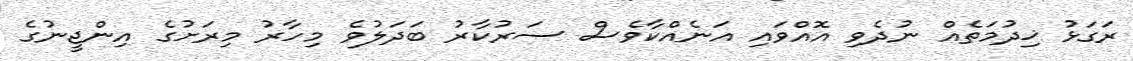
ރަގަޅު ޚިދުމަތެއް ނުދެވި އޮއްވައި އަނެއްކާވެސް ސަރުކާރު ބަދަލުވެ މިހާރު މިރަށުގެ އިންޖީނުގެ